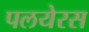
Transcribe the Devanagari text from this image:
पलयेरस